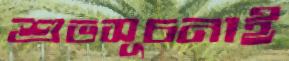
শুভসূচনাই